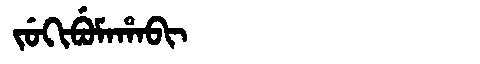
Manchu: ᠵᡠᡴᡳᠪᡠᠮᠠᡥᠠᠪᡳ
Romanization: JUKIBUMAHABI